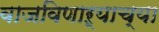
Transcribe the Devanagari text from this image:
वाजविणाऱ्याच्या